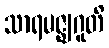
သာရမဇ္ဈဂူတိ